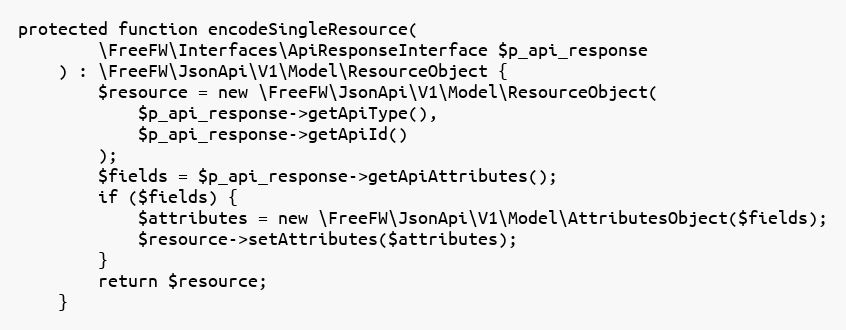
Language: PHP
protected function encodeSingleResource(
        \FreeFW\Interfaces\ApiResponseInterface $p_api_response
    ) : \FreeFW\JsonApi\V1\Model\ResourceObject {
        $resource = new \FreeFW\JsonApi\V1\Model\ResourceObject(
            $p_api_response->getApiType(),
            $p_api_response->getApiId()
        );
        $fields = $p_api_response->getApiAttributes();
        if ($fields) {
            $attributes = new \FreeFW\JsonApi\V1\Model\AttributesObject($fields);
            $resource->setAttributes($attributes);
        }
        return $resource;
    }